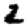
Digit: 2